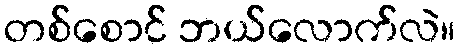
တစ်စောင် ဘယ်လောက်လဲ။